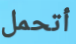
أتحمل